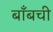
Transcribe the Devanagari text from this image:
बाँबची